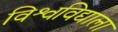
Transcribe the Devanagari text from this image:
विश्वविद्याला